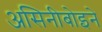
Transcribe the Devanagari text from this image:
असिनीबोइने